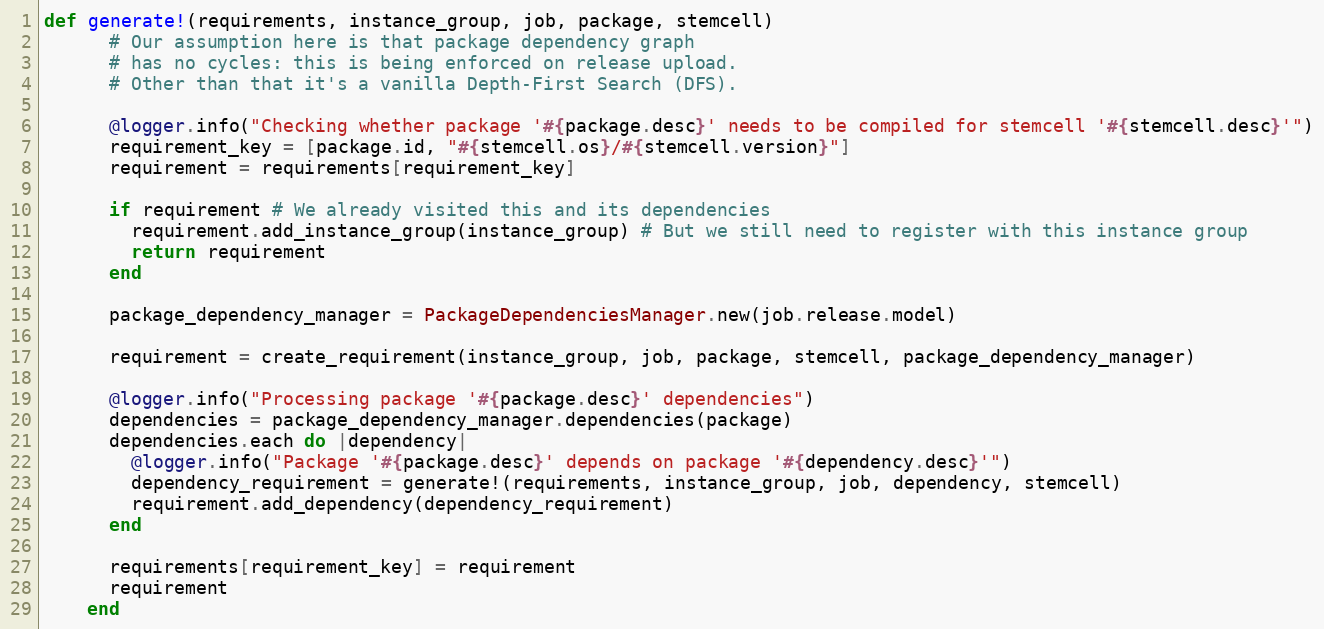
Language: Ruby
def generate!(requirements, instance_group, job, package, stemcell)
      # Our assumption here is that package dependency graph
      # has no cycles: this is being enforced on release upload.
      # Other than that it's a vanilla Depth-First Search (DFS).

      @logger.info("Checking whether package '#{package.desc}' needs to be compiled for stemcell '#{stemcell.desc}'")
      requirement_key = [package.id, "#{stemcell.os}/#{stemcell.version}"]
      requirement = requirements[requirement_key]

      if requirement # We already visited this and its dependencies
        requirement.add_instance_group(instance_group) # But we still need to register with this instance group
        return requirement
      end

      package_dependency_manager = PackageDependenciesManager.new(job.release.model)

      requirement = create_requirement(instance_group, job, package, stemcell, package_dependency_manager)

      @logger.info("Processing package '#{package.desc}' dependencies")
      dependencies = package_dependency_manager.dependencies(package)
      dependencies.each do |dependency|
        @logger.info("Package '#{package.desc}' depends on package '#{dependency.desc}'")
        dependency_requirement = generate!(requirements, instance_group, job, dependency, stemcell)
        requirement.add_dependency(dependency_requirement)
      end

      requirements[requirement_key] = requirement
      requirement
    end